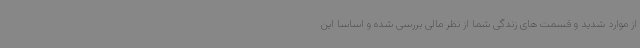
از موارد شدید و قسمت های زندگی شما از نظر مالی بررسی شده و اساسا این